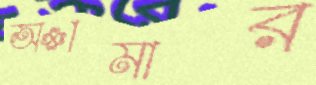
অামার